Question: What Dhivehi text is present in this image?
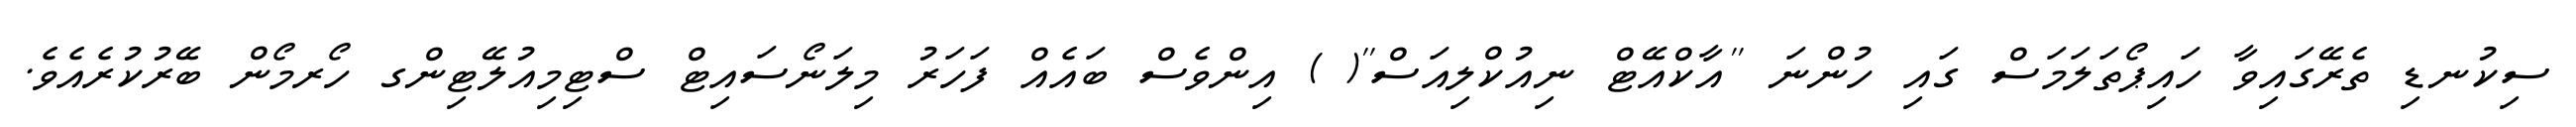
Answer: ސިކުނޑި ތެރޭގައިވާ ހައިޕޯތަލަމަސް ގައި ހުންނަ ''އާކްއޭޓް ނިއުކްލިއަސް''( ) އިންވެސް ބައެއް ފަހަރު މިލަނޯސައިޓް ސްޓިމިއުލޭޓިންގ ހޯރމޯން ބޭރުކުރެއެވެ.